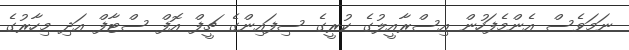
ނަމަވެސް އެންމެފަހުން އިސްރާއީލުގެ ކުރީގެ ސިފައިންގެ ޗީފް އޮފް ސްޓާފް އަދި މިހާރުގެ